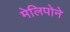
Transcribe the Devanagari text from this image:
मेलिपोने